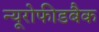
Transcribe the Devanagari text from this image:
न्यूरोफीडबैक